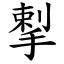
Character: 揧